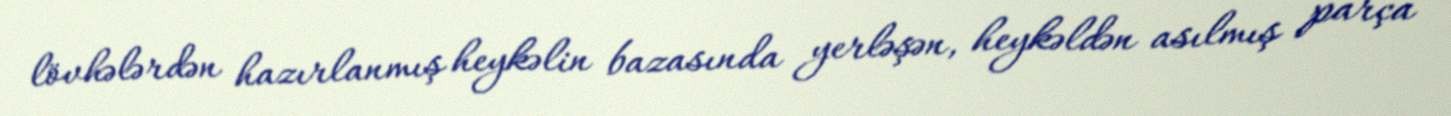
lövhələrdən hazırlanmış heykəlin bazasında yerləşən, heykəldən asılmış parça